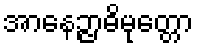
အာနေဉ္ဇာဓိမုတ္တော